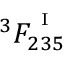
^ 3 F _ { 2 3 5 } ^ { ^ { \mathrm { ~ I ~ } } }